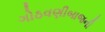
ગોઠવણીબાજની